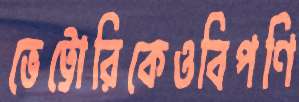
ভেট্টোরিকেওবিপণি